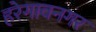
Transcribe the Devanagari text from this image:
हरेगावनगर